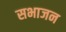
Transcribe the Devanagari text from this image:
सभाजन